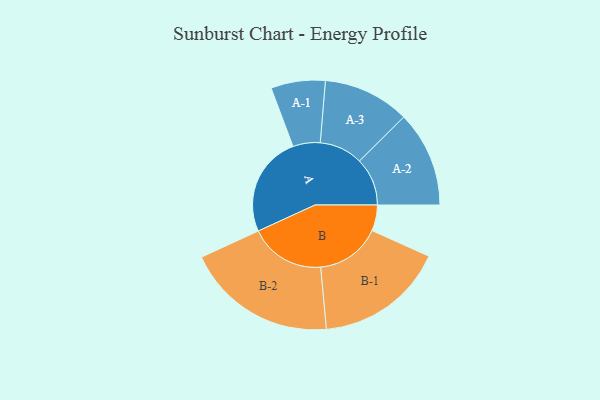
{"axis": {"x": "Segment", "y": "Value"}, "legend": ["", "A", "B"], "data": [{"x": "A", "y": 393, "type": ""}, {"x": "B", "y": 101, "type": ""}, {"x": "A-1", "y": 106, "type": "A"}, {"x": "A-2", "y": 187, "type": "A"}, {"x": "A-3", "y": 169, "type": "A"}, {"x": "B-1", "y": 253, "type": "B"}, {"x": "B-2", "y": 295, "type": "B"}]}